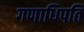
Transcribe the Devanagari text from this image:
गणाधिपति